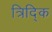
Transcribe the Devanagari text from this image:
त्रिद्कि